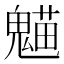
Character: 𩳸